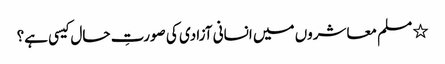
٭ مسلم معاشروں میں انسانی آزادی کی صورتِ حال کیسی ہے؟